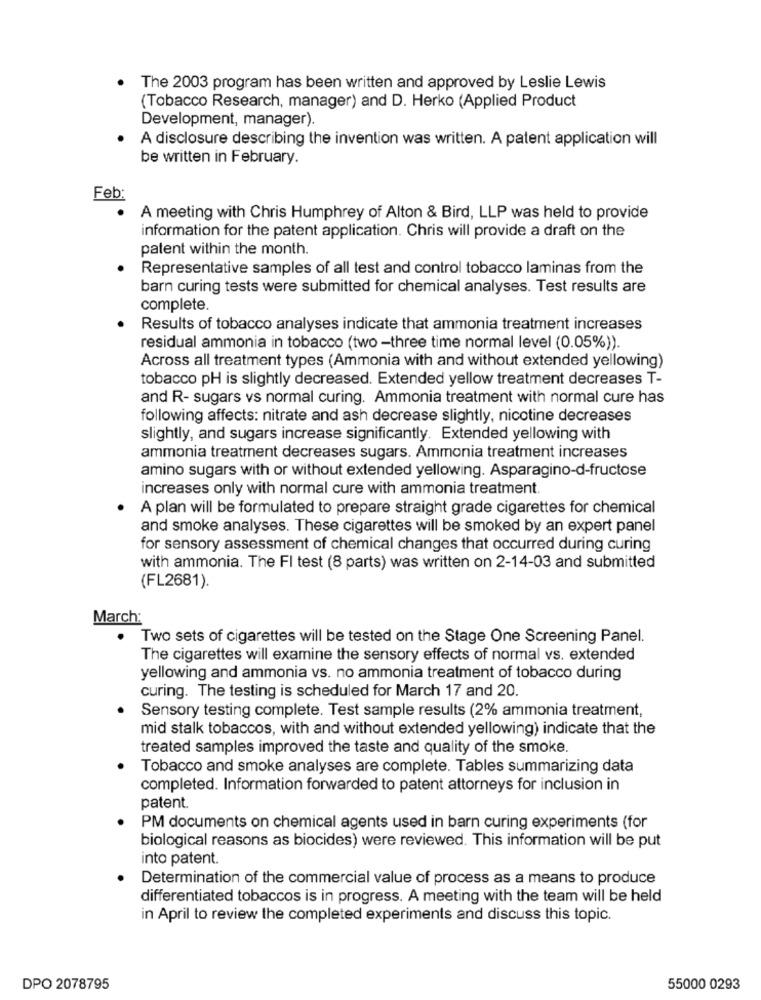
The 2003 program has been written and approved by Leslie Lewis
(Tobacco Research, manager) and D. Herko (Applied Product
Development, manager).
A disclosure describing the invention was written. A patent application will
be written in February.
Feb:
A meeting with Chris Humphrey of Alton & Bird, LLP was held to provide
information for the patent application. Chris will provide a draft on the
patent within the month.
Representative samples of all test and control tobacco laminas from the
barn curing tests were submitted for chemical analyses. Test results are
complete.
Results of tobacco analyses indicate that ammonia treatment increases
residual ammonia in tobacco (two -three time normal level (0.05%)).
Across all treatment types (Ammonia with and without extended yellowing)
tobacco pH is slightly decreased. Extended yellow treatment decreases T-
and R- sugars vs normal curing. Ammonia treatment with normal cure has
following affects: nitrate and ash decrease slightly, nicotine decreases
slightly, and sugars increase significantly. Extended yellowing with
ammonia treatment decreases sugars. Ammonia treatment increases
amino sugars with or without extended yellowing. Asparagino-d-fructose
increases only with normal cure with ammonia treatment
A plan will be formulated to prepare straight grade cigarettes for chemical
and smoke analyses. These cigarettes will be smoked by an expert panel
for sensory assessment of chemical changes that occurred during curing
with ammonia. The FI test (8 parts) was written on 2-14-03 and submitted
(FL2681).
March:
Two sets of cigarettes will be tested on the Stage One Screening Panel.
The cigarettes will examine the sensory effects of normal vs. extended
yellowing and ammonia vs. no ammonia treatment of tobacco during
curing. The testing is scheduled for March 17 and 20.
Sensory testing complete. Test sample results (2% ammonia treatment,
mid stalk tobaccos, with and without extended yellowing) indicate that the
treated samples improved the taste and quality of the smoke.
Tobacco and smoke analyses are complete. Tables summarizing data
completed. Information forwarded to patent attorneys for inclusion in
patent.
PM documents on chemical agents used in barn curing experiments (for
biological reasons as biocides) were reviewed. This information will be put
into patent.
Determination of the commercial value of process as a means to produce
differentiated tobaccos is in progress. A meeting with the team will be held
in April to review the completed experiments and discuss this topic.
DPO 2078795
55000 0293